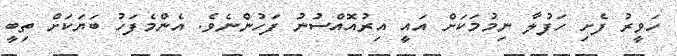
ހަވީރު ފެށި ހަފުލާ ނިމުމަކަށް އައީ އިރުއޮއްސުނު ފަހުންނެވެ. އެންމެފަހު ބަޔަކަށް ތިބީ